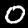
Digit: 0